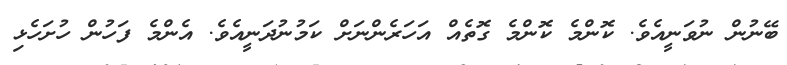
ބޭނުން ނުވަނީއެވެ. ކޮންމެ ކޮންމެ ގޮތެއް އަހަރެންނަށް ކަމުނުދަނީއެވެ. އެންމެ ފަހުން ހުށަހެޅި